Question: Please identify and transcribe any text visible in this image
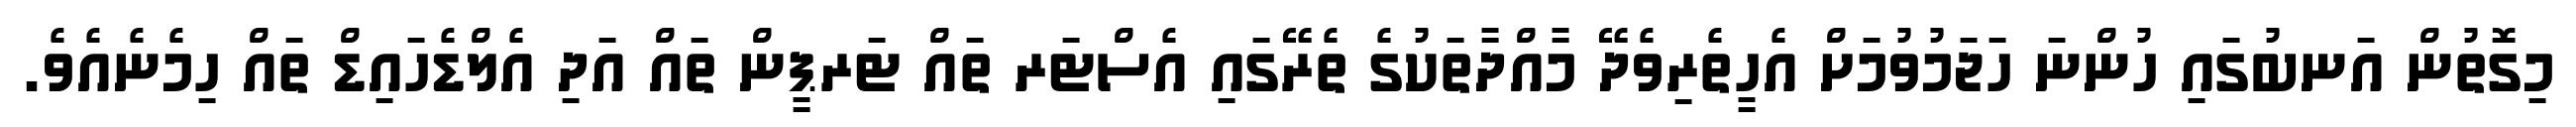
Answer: މިގޮތުން އަނބުގައި ހުންނަ ހަޖަމުވުމަށް އެހީތެރިވެދޭ މާއްދާތަކުގެ ތެރޭގައި އެސްޓަރ ތައް ޓަރޕީން ތައް އަދި އެލްޑެހައިޑް ތައް ހިމެނެއެވެ.